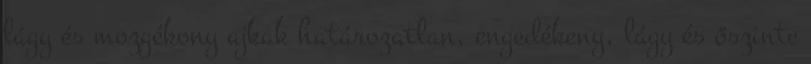
lágy és mozgékony ajkak határozatlan, engedékeny, lágy és őszinte